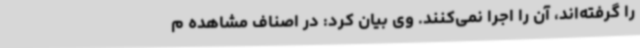
را گرفته‌اند، آن را اجرا نمی‌کنند. وی بیان کرد: در اصناف مشاهده م